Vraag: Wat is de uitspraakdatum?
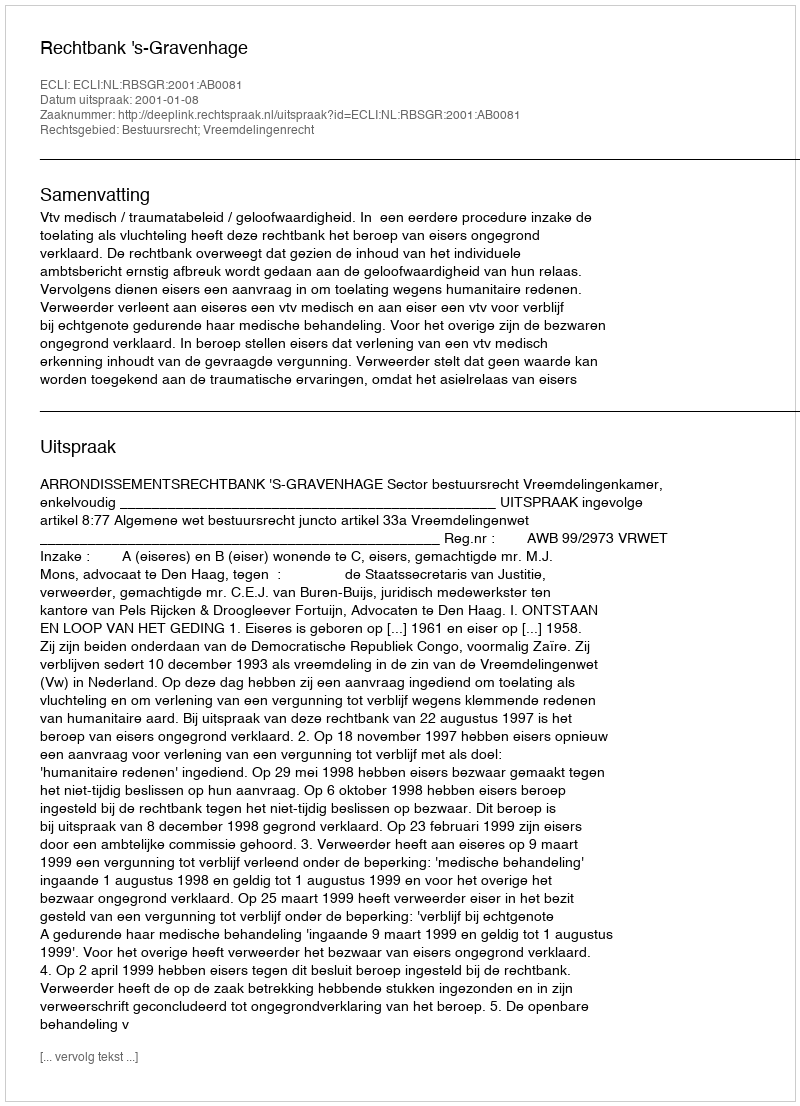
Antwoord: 2001-01-08